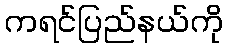
ကရင်ပြည်နယ်ကို